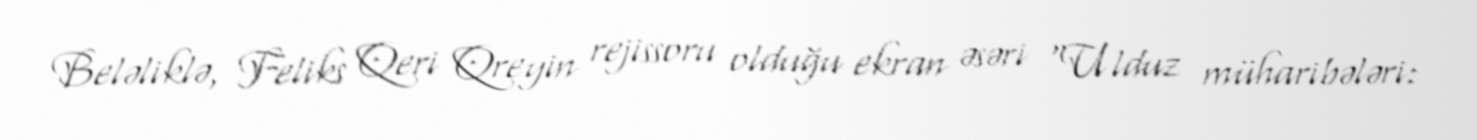
Beləliklə, Feliks Qeri Qreyin rejissoru olduğu ekran əsəri "Ulduz müharibələri: